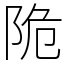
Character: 陒